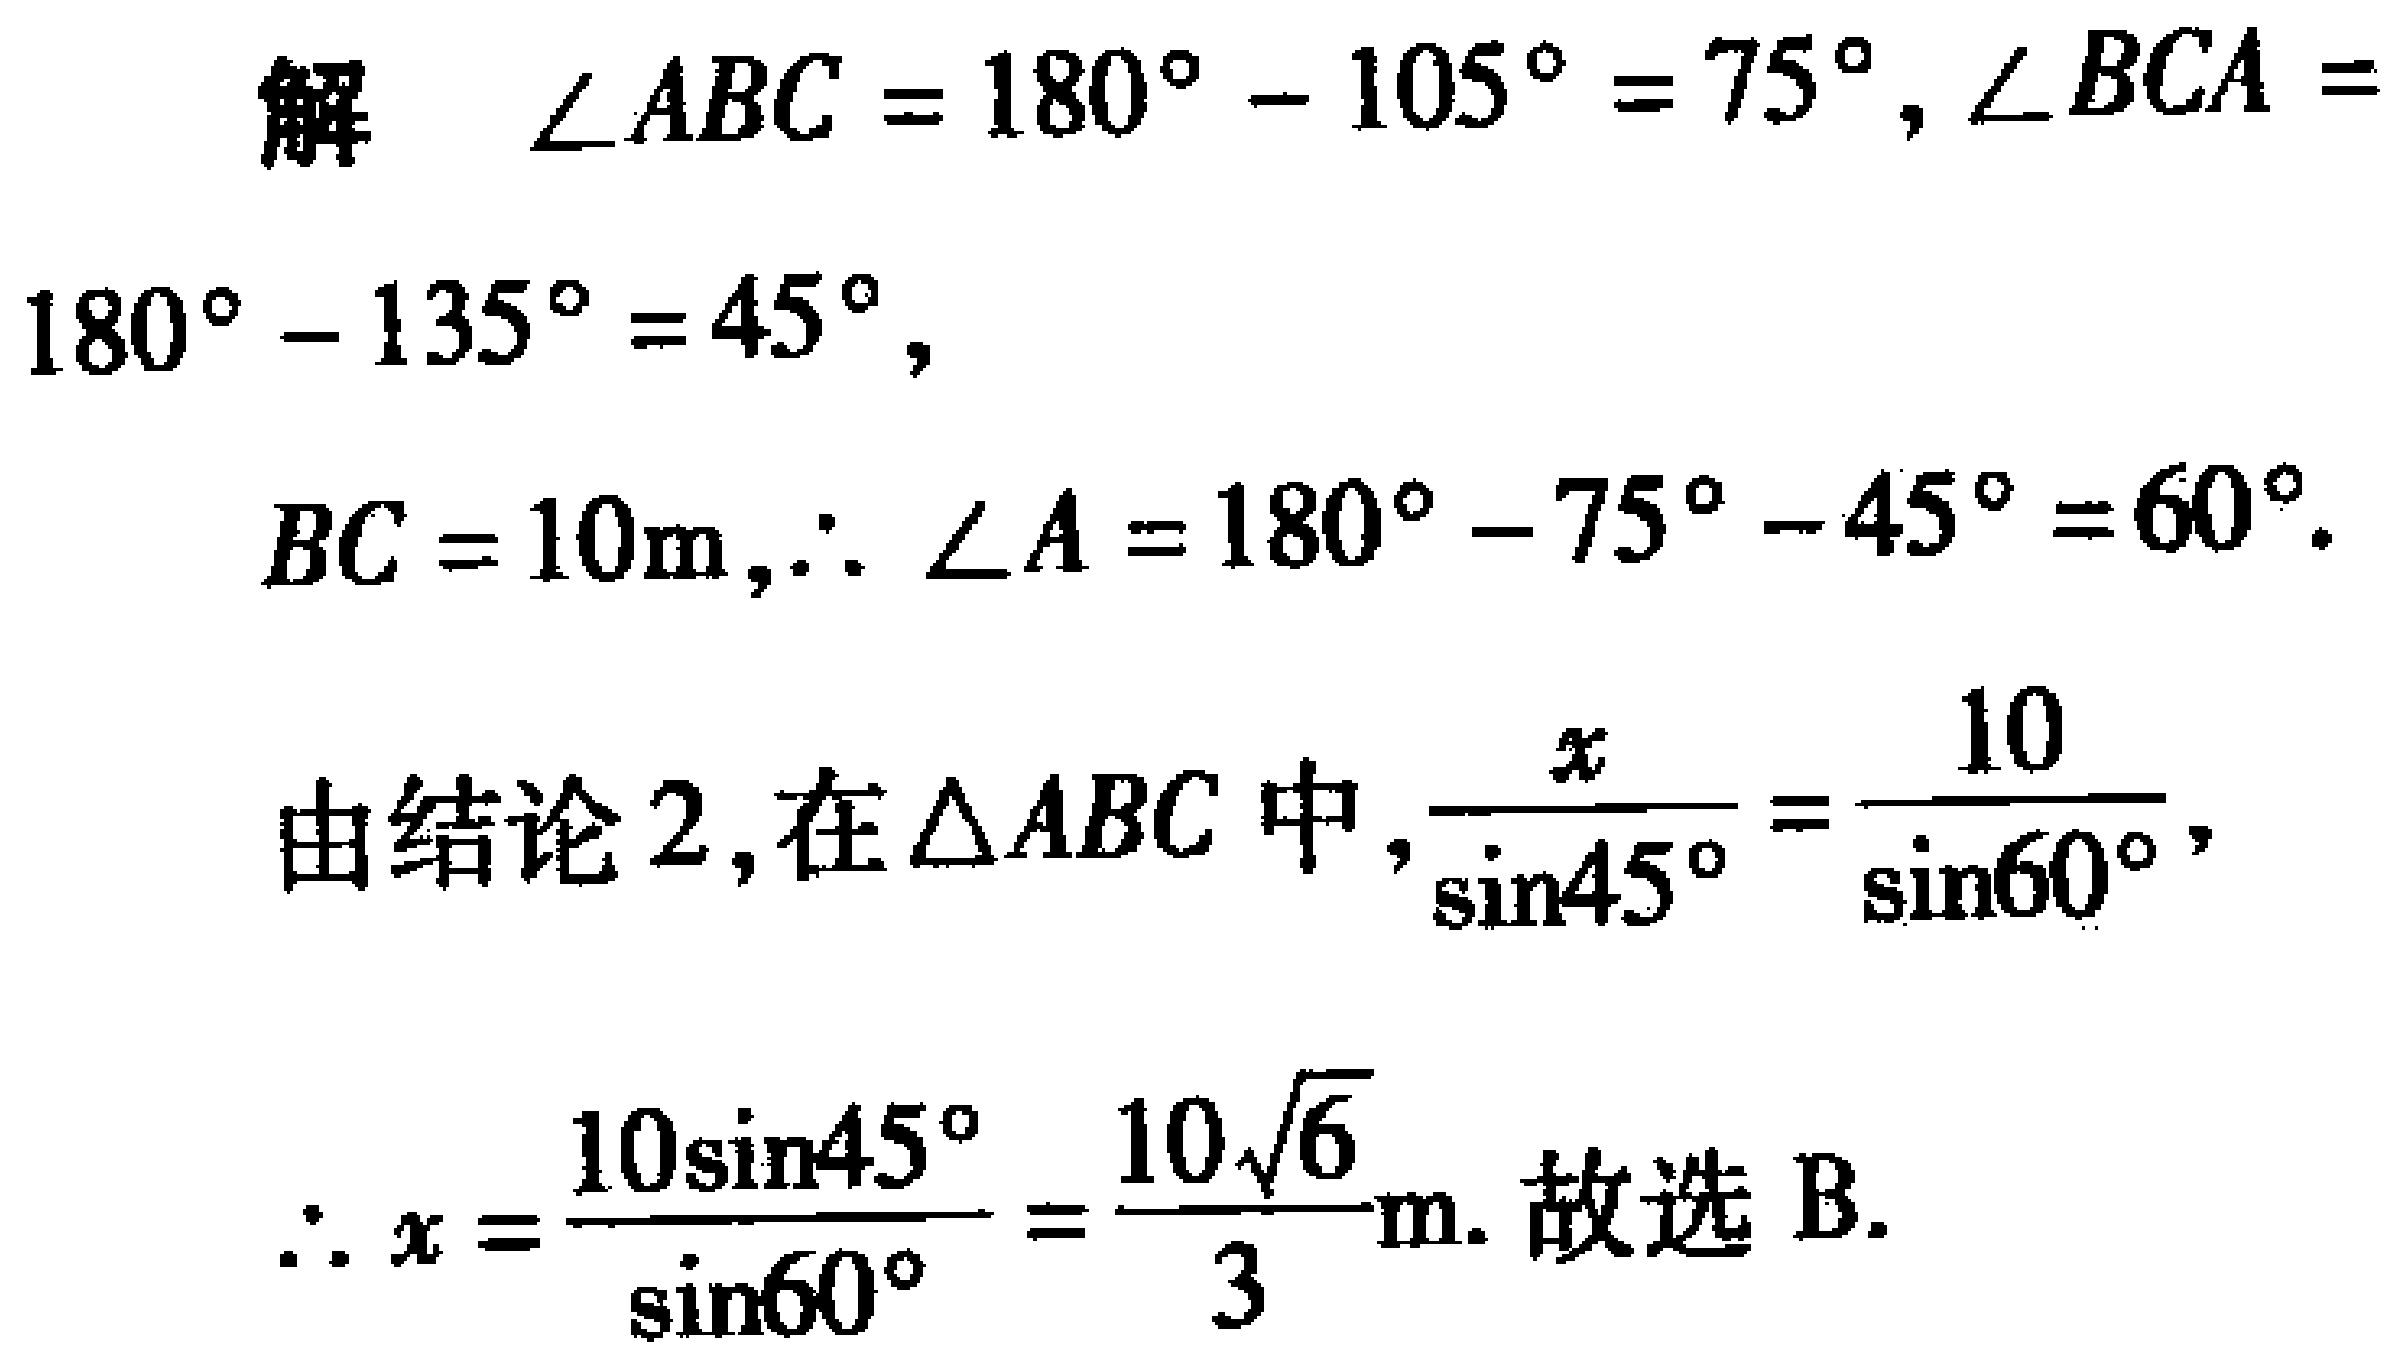
解 \(\angle ABC = 180^{\circ} - 105^{\circ} = 75^{\circ}, \angle BCA = 180^{\circ} - 135^{\circ} = 45^{\circ},\)
\(BC = 10\text{m},\therefore \angle A = 180^{\circ} - 75^{\circ} - 45^{\circ} = 60^{\circ}.\)
由结论2,在\(\triangle ABC\)中,\(\frac{x}{\sin45^{\circ}} = \frac{10}{\sin60^{\circ}},\)
\(\therefore x = \frac{10\sin45^{\circ}}{\sin60^{\circ}} = \frac{10\sqrt{6}}{3}\text{m}.\) 故选 B.